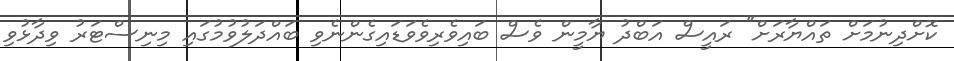
ކޮށްދިނުމަށް ތައްޔާރަށް" ރައީސް އަބްދު ޔާމީން ވެސް ބައިވެރިވެވަޑައިގެންނެވި ބައްދަލުވުމުގައި މިނިސްޓަރު ވިދާޅުވި